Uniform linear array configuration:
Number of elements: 32
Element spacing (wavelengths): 0.75
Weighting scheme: exponential
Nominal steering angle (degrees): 30
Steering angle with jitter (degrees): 28.468
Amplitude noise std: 0.05
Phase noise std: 0.05

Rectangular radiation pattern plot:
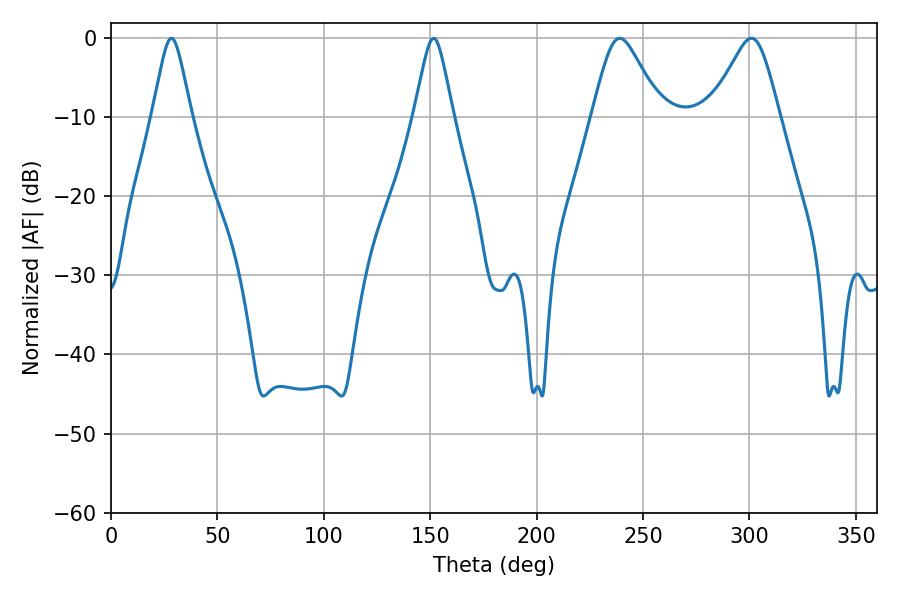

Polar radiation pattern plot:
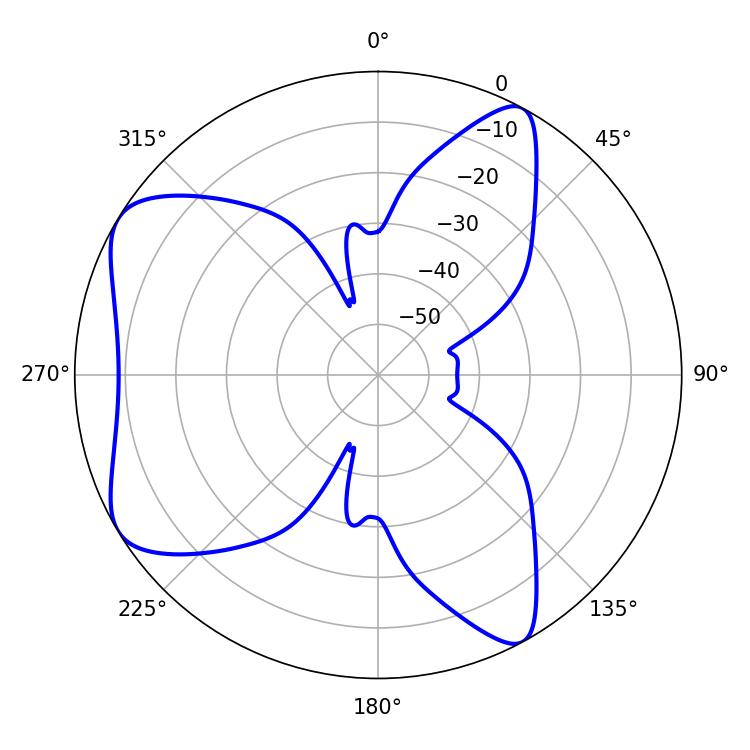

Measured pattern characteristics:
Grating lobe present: TRUE
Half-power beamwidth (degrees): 15.48
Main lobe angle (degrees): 239.04